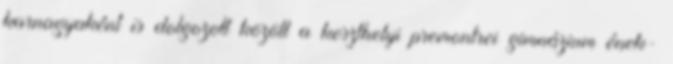
karnagyaként is dolgozott között a keszthelyi premontrei gimnázium ének-